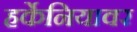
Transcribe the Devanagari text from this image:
हर्केनियावर